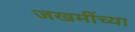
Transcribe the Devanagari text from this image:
जखमींच्या